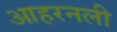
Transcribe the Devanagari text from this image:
आहरनली